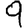
Digit: 9